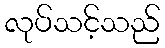
လုပ်သင့်သည်